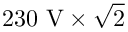
2 3 0 { \mathrm { ~ V } } \times { \sqrt { 2 } }